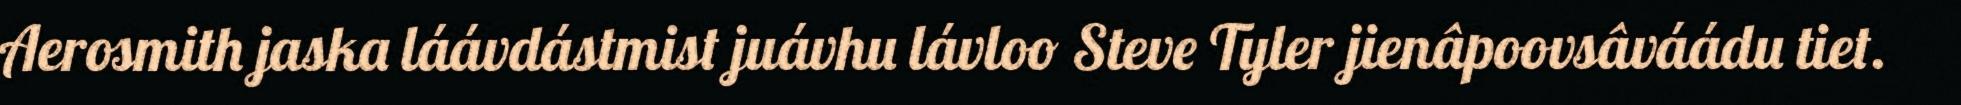
Aerosmith jaska láávdástmist juávhu lávloo Steve Tyler jienâpoovsâváádu tiet.